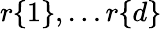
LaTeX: r\{ 1\} ,\dots r\{ d\}